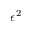
\epsilon ^ { 2 }